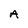
Character: A